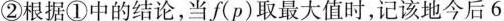
②根据①中的结论，当f(p)取最大值时，记该地今后6